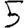
Digit: 5